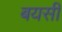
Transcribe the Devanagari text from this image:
बयसी